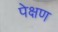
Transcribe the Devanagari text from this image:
पेक्षण